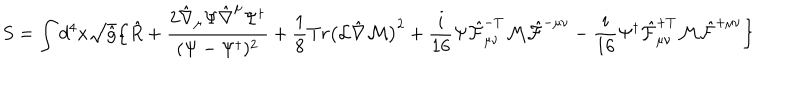
LaTeX: S = \int d ^ { 4 } x \sqrt { \hat { g } } \Bigl \{ \hat { R } + \frac { 2 \hat { \nabla } _ { \mu } \Psi \hat { \nabla } ^ { \mu } \Psi ^ { \dagger } } { ( \Psi - \Psi ^ { \dagger } ) ^ { 2 } } + \frac { 1 } { 8 } T r \bigl ( { \cal L } \hat { \nabla } { \cal M } \bigr ) ^ { 2 } + \frac { i } { 1 6 } \Psi \hat { \cal F } _ { \mu \nu } ^ { - T } { \cal M } \hat { \cal F } ^ { - \mu \nu } - \frac { i } { 1 6 } \Psi ^ { \dagger } \hat { \cal F } _ { \mu \nu } ^ { + T } { \cal M } \hat { \cal F } ^ { + \mu \nu } \Bigr \}